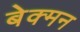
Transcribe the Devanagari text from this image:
बेक्मन